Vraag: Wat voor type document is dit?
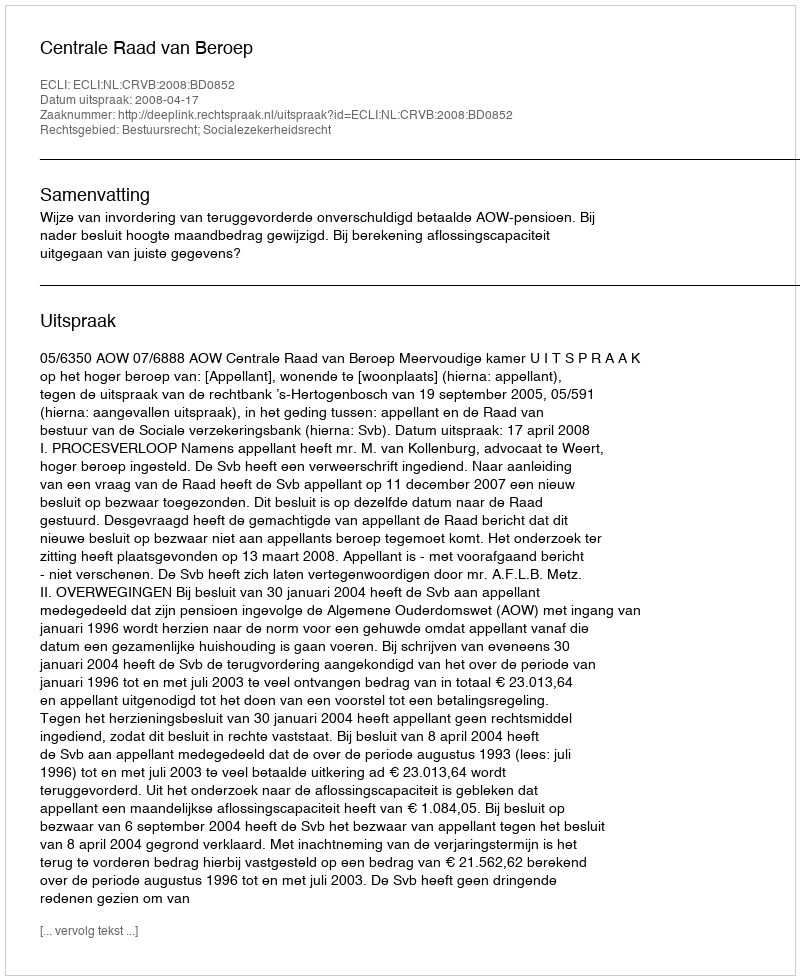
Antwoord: Uitspraak